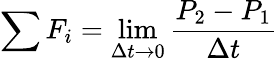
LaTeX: \sum F_{i}=\operatorname*{lim}_{\Delta t\to 0}{\frac{P_{2}-P_{1}}{\Delta t}}